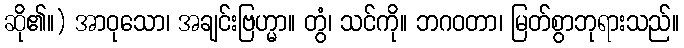
ဆို၏။) အာဝုသော၊ အချင်းဗြဟ္မာ။ တွံ၊ သင်ကို။ ဘဂဝတာ၊ မြတ်စွာဘုရားသည်။